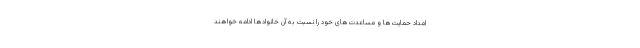
امداد حمایت‌ها و مساعدت‌های خود را نسبت به آن خانوادها ادامه خواهند